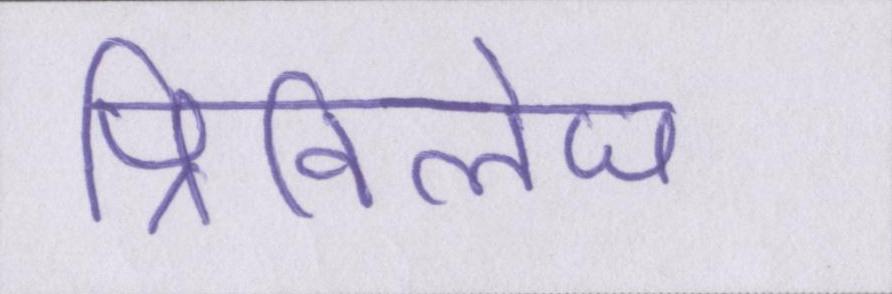
प्रिविलेज